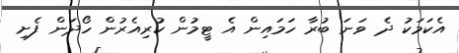
އެކަމަކު ދެ ވަނަ ބުރާ ހަމައިން އެ ޓީމުން ކުރިއެރުން ހޯދަން ފެށި